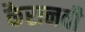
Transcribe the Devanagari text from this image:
कैरानवी